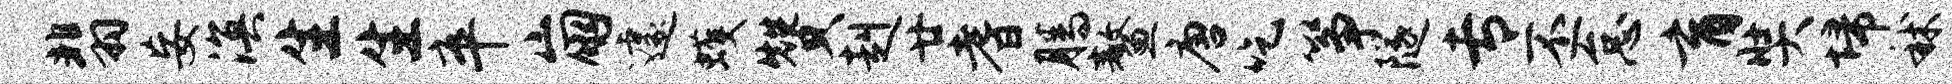
翡妄溟生生卒崩遽蠖赞赳廿耆腾鳌唐吃筝隧专丕怠育奘埽秫